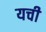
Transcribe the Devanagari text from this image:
यची